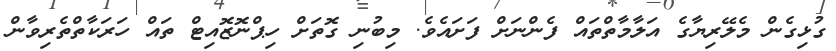
ގުޅިގެން މެލޭރިޔާގެ އަލާމާތްތައް ފެންނަށް ފަށައެވެ. މިބުނި ގޮތަށް ހިޕްނޮޒޮއިޓް ތައް ހަރަކާތްތެރިވާން